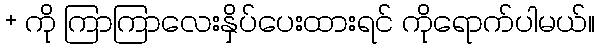
+ ကို ကြာကြာလေးနှိပ်ပေးထားရင် ကိုရောက်ပါမယ်။